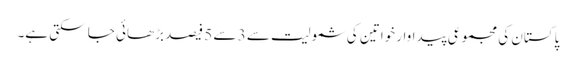
پاکستان کی مجموعی پیداوار خواتین کی شمولیت سے 3 سے 5 فیصد بڑھائی جا سکتی ہے۔